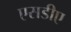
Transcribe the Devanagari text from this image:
एसडीए